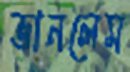
ভানলেম